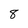
Character: 8